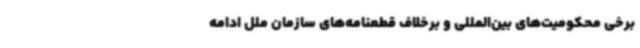
برخی محکومیت‌های بین‌المللی و برخلاف قطعنامه‌های سازمان ملل ادامه